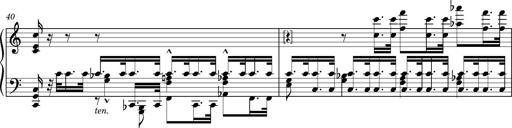
Title: Introduction des Variations sur une marche du SiÃ¨ge de Corinthe, S.421a
Composer: Franz Liszt
Key: F minor